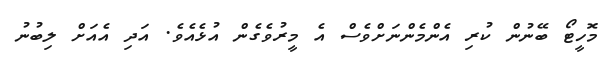
މޮހީޓޯ ބޭނުން ކުރި އެންމެންނަށްވެސް އެ މީރުވެގެން އުޅެއެވެ. އަދި އެއަށް ލިބުނު